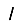
Digit: 1